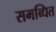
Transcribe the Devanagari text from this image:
समब्धित